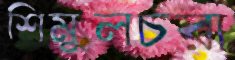
শিমুলচরা